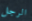
الرجل